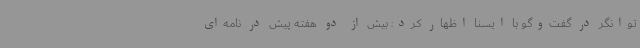
توانگر در گفت‌وگو با ایسنا اظهار کرد: بیش از دو هفته پیش در نامه‌ای